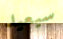
سيعيد